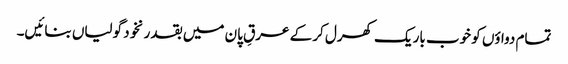
تمام دواؤں کو خوب باریک کھرل کر کے عرقِ پان میں بقدر نخود گولیاں بنائیں۔